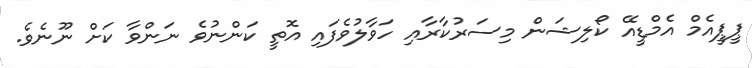
ޕީޕީއެމް އެމްޑީއޭ ކޯލިޝަން މިސަރުކާރާއި ހަވާލުވެފައި އޮތީ ކަންނުވެ ނަންވާ ކަށް ނޫނެވެ.